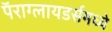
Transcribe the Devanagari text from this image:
पॅराग्लायडर्समध्ये